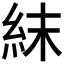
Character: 𥿉